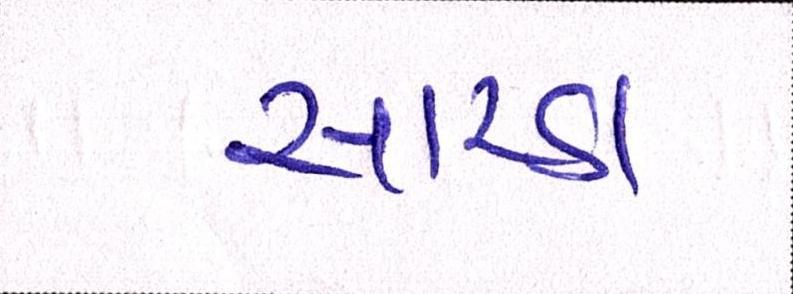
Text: સારડા